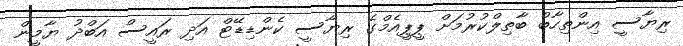
ރިޔާސީ އިންތިހާބު ބާތިލްކުރުމަށް ޕީޕީއެމްގެ ރިޔާސީ ކެންޑިޑޭޓް އަދި ރައީސް އަބްދު ޔާމީން